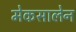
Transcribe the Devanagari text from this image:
मेकसालेन